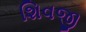
શિવજી